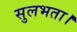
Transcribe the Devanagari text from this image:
सुलभता।